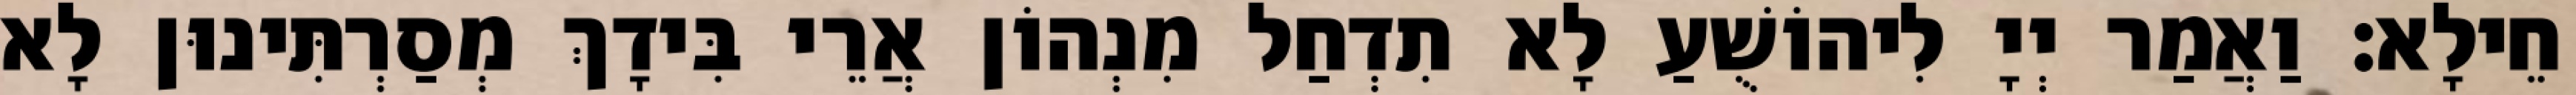
חֵילָא׃ וַאֲמַר יְיָ לִיהוֹשֻׁעַ לָא תִדְחַל מִנְהוֹן אֲרֵי בִּידָךְ מְסַרְתִּינוּן לָא